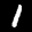
Label: 1